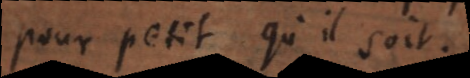
pour petit qu’il soit.